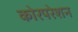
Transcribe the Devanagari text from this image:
कोरपरेशन